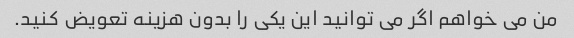
من می خواهم اگر می توانید این یکی را بدون هزینه تعویض کنید.